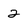
Character: 2